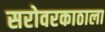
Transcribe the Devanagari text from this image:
सरोवरकाठाला